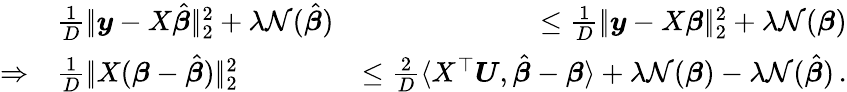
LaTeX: \begin{array}{rlr}&{\frac 1D|\! |\boldsymbol{y}-X\hat{\boldsymbol{\beta}}|\! |_{2}^{2}+\lambda\mathcal N(\hat{\boldsymbol{\beta}})}&{\leq\frac 1D|\! |\boldsymbol{y}-X\boldsymbol{\beta}|\! |_{2}^{2}+\lambda\mathcal N({\boldsymbol{\beta}})}\\ {\Rightarrow}&{\frac 1D|\! |X(\boldsymbol{\beta}-\hat{\boldsymbol{\beta}})|\! |_{2}^{2}}&{\leq\frac 2D\langle X^{\top}\boldsymbol{U},\hat{\boldsymbol{\beta}}-\boldsymbol{\beta}\rangle+\lambda\mathcal N(\boldsymbol{\beta})-\lambda\mathcal N(\hat{\boldsymbol{\beta}})\, .}\end{array}